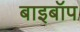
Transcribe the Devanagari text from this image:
बाइबॉप